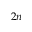
2 n